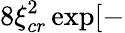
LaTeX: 8\xi_{cr}^{2}\exp[-